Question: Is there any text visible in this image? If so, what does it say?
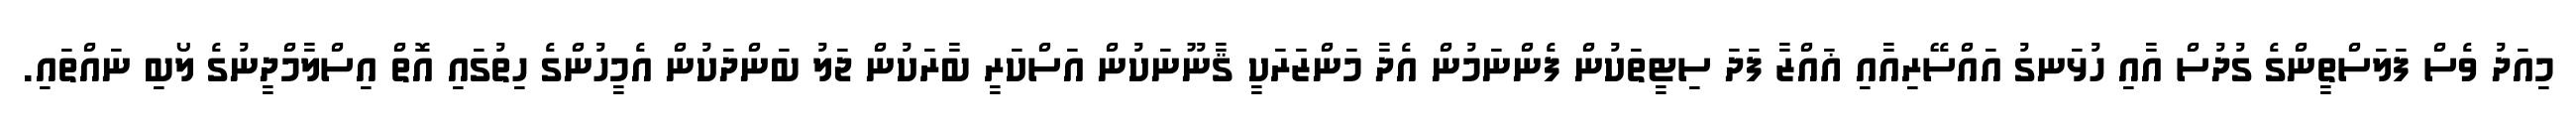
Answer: މިއަދު ވެސް ފަލަސްތީންގެ ގުދުސް އާއި ހުޅަނގު އައްސޭރިއާއި ޣައްޒާ ފަދަ ސިޓީތަކުން ފެންނަމުން އެދާ މަންޒަރަކީ ޤާނޫނަކުން އަސްކަރީ ބާރަކުން ޖަލު ބަންދަކުން އެމީހުންގެ ހިތުގައި އޮތް އިސްލާމްދީނުގެ ލޯބި ނައްތައި.